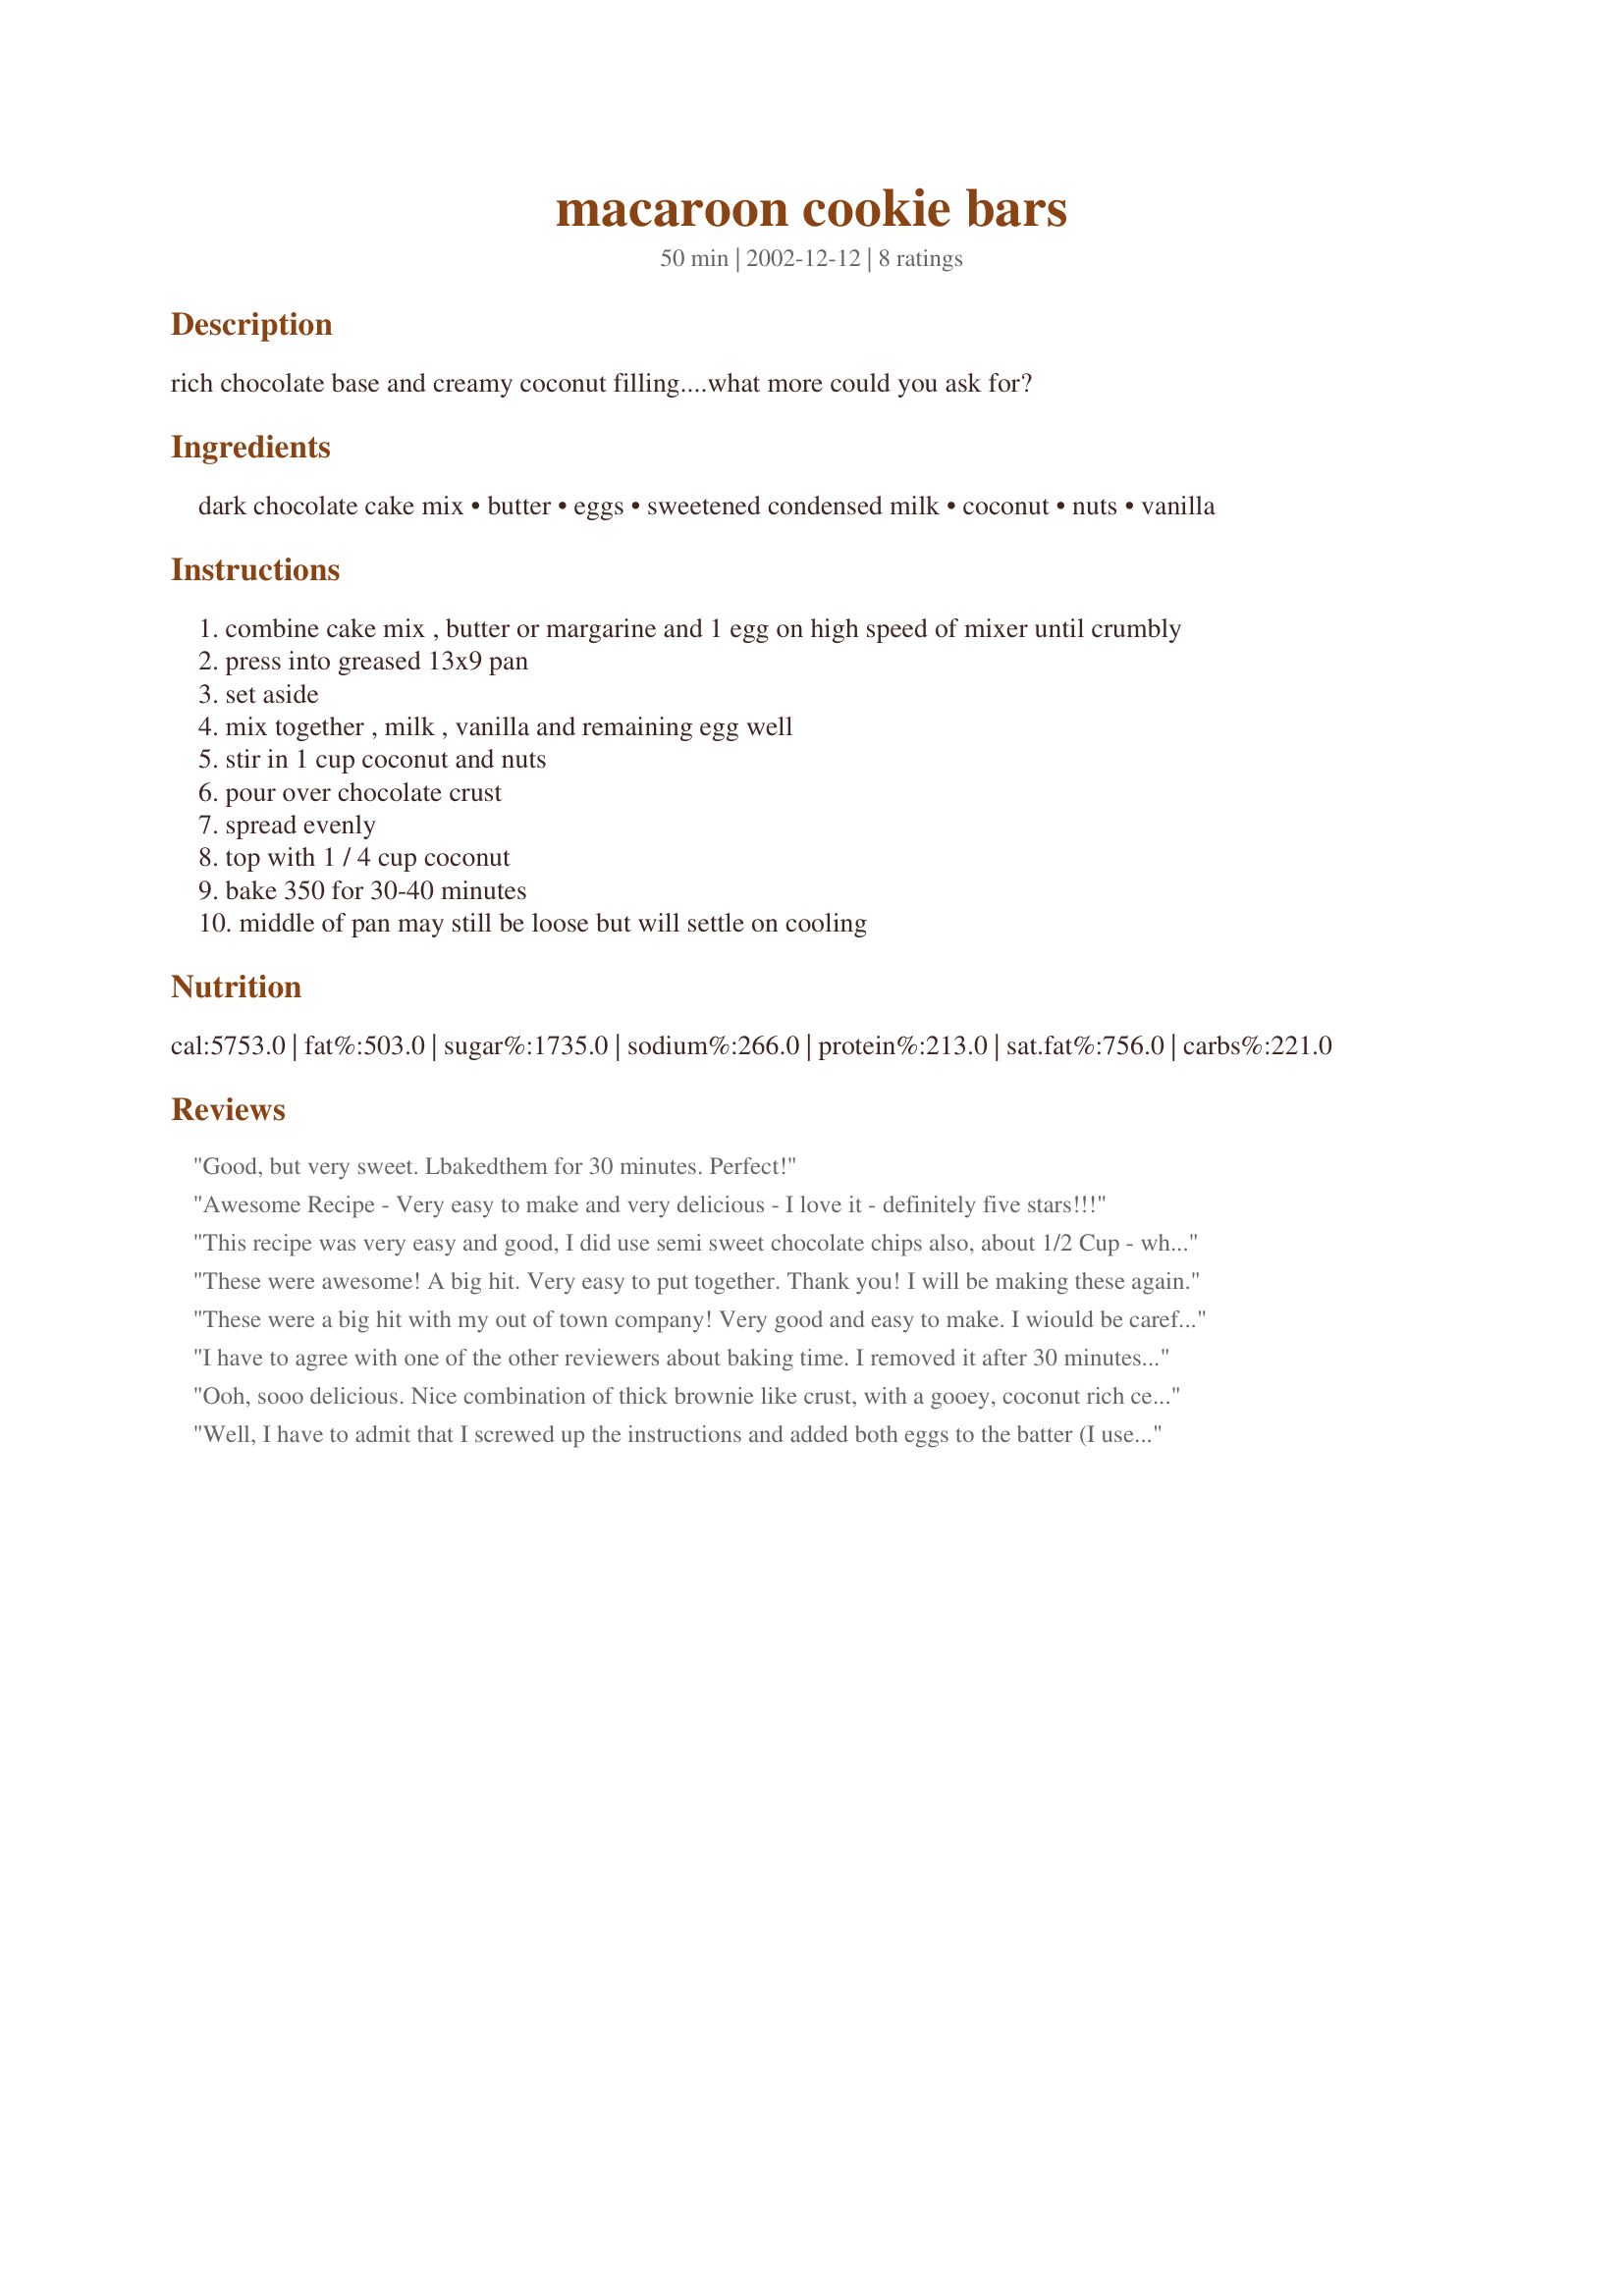
macaroon cookie bars
Preparation time: 50 minutes

rich chocolate base and creamy coconut filling....what more could you ask for?

Ingredients:
dark chocolate cake mix, butter, eggs, sweetened condensed milk, coconut, nuts, vanilla

Steps:
combine cake mix , butter or margarine and 1 egg on high speed of mixer until crumbly
press into greased 13x9 pan
set aside
mix together , milk , vanilla and remaining egg well
stir in 1 cup coconut and nuts
pour over chocolate crust
spread evenly
top with 1 / 4 cup coconut
bake 350 for 30-40 minutes
middle of pan may still be loose but will settle on cooling

Reviews:
Good, but very sweet. Lbakedthem for 30 minutes. Perfect!
Awesome Recipe - Very easy to make and very delicious - I love it - definitely five stars!!!
This recipe was very easy and good, I did use semi sweet chocolate chips also, about 1/2 Cup - which I sprinkled over the top before baking. 1 suggestion though, it does not take 30-40 minutes (almost burns at 30 minutes) - instead, I'd say 20-25 minutes is all it should take. I would probably make this again, but - it is very rich & I am not big on rich deserts.
These were awesome! A big hit. Very easy to put together. Thank you! I will be making these again.
These were a big hit with my out of town company! Very good and easy to make. I wiould be careful not to over bake. Thanks.
I have to agree with one of the other reviewers about baking time. I removed it after 30 minutes and the outer portion turned out very dry. The inner portion was delectable! Next time I make this, I'll reduce the oven time to 20-25 minutes.
Ooh, sooo delicious. Nice combination of thick brownie like crust, with a gooey, coconut rich center. Five star, all the way! Thanks for sharing this wonderful recipe, Laurie.
Well, I have to admit that I screwed up the instructions and added both eggs to the batter (I used a third egg for the topping). However, if anyone else happens to do this, don't worry - the results are delicious. My accidental version tasted like a brownie version of German chocolate cake. We ate it warmed with ice cream. Thanks for the recipe...I'll add to this review after I make it the correct way.
